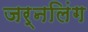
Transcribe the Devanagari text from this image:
जर्नलिंग